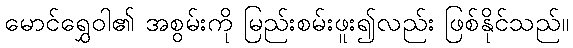
မောင်ရွှေဝါ၏ အစွမ်းကို မြည်းစမ်းဖူး၍လည်း ဖြစ်နိုင်သည်။